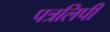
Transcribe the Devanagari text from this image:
पत्रलिपी